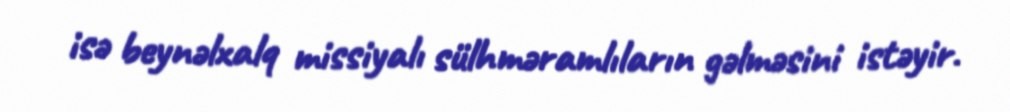
isə beynəlxalq missiyalı sülhməramlıların gəlməsini istəyir.